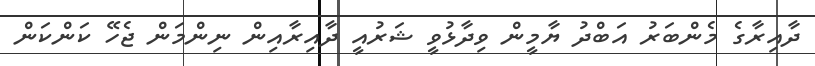
ދާއިރާގެ މެންބަރު އަބްދު ޔާމީން ވިދާޅުވީ ޝަރުއީ ދާއިރާއިން ނިންމަން ޖެހޭ ކަންކަން